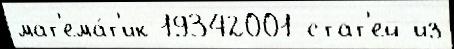
мат'ема́т'ик 19342001 стат'ей из